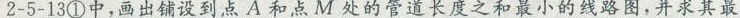
2-5-13①中，画出铺设到点A和点M处的管道长度之和最小的线路图，并求其最